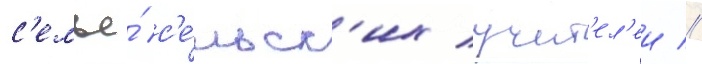
с'емье́ с'е́льск'их учит'ел'еи //